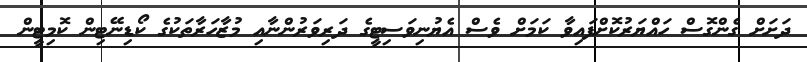
ދަށަށް ގެންގޮސް ހައްޔަރުކޮށްފައިވާ ކަމަށް ވެސް އެޔުނިވަސިޓީގެ ދަރިވަރުންނާއި މުޒާހަރާތަކުގެ ކޯޑިނޭޓިން ކޮމިޓީން